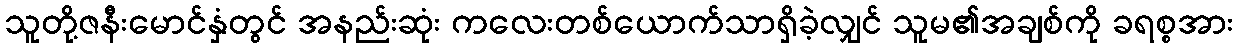
သူတို့ဇနီးမောင်နှံတွင် အနည်းဆုံး ကလေးတစ်ယောက်သာရှိခဲ့လျှင် သူမ၏အချစ်ကို ခရစ္စအား